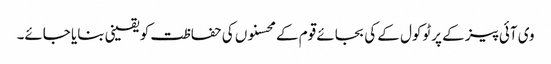
وی آئی پیز کے پرٹوکول کے کی بجائے قوم کے محسنوں کی حفاظت کو یقینی بنایا جائے۔